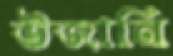
উজানি